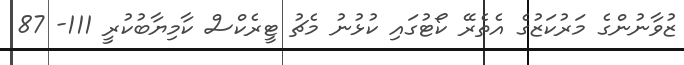
ޒުވާނުންގެ މަރުކަޒުގެ އެތެރޭ ކޯޓުގައި ކުޅުނު މެޗު ޓީރެކްސް ކާމިޔާބުކުރީ 111- 87